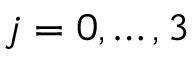
j = 0 , \ldots , 3